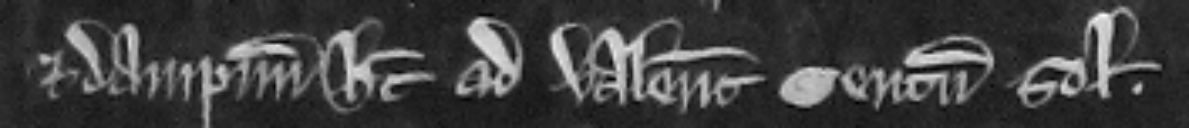
et dampnum habet ad valenciam centum solidorum.